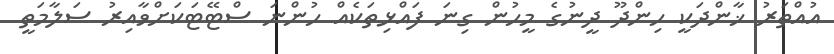
އުއްތަރު ޚާންދަކީ ހިންދޫ ދީނުގެ މީހުން ގިނަ ފައްޅިތަކެއް ހުންނަ ސްޓޭޓަކަށްވާއިރު ސަލާމަތީ